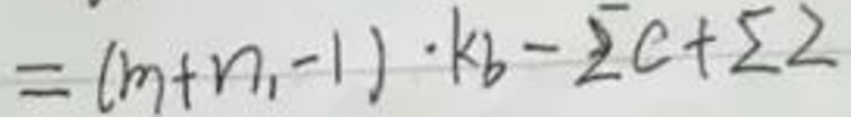
\[
=(m + n, - 1)\cdot k b-\sum c+\sum 2
\]